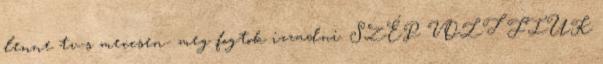
lenne tv-s meccsen- meg fogtok izzadni. SZÉP VOLT FIUK